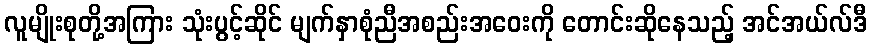
လူမျိုးစုတို့အကြား သုံးပွင့်ဆိုင် မျက်နှာစုံညီအစည်းအဝေးကို တောင်းဆိုနေသည့် အင်အယ်လ်ဒီ